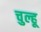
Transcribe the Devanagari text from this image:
चुल्हू